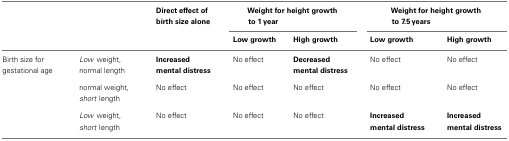
|  |  | Direct effect of birth size alone | <COLSPAN=2> Weight for height growth to 1 year | <COLSPAN=2> Weight for height growth to 7.5 years |
 |  |  |  | Low growth | High growth | Low growth | High growth |
 | --- | --- | --- | --- | --- | --- | --- |
 | Birth size for gestational age | Low weight, normal length | Increased mental distress | No effect | Decreased mental distress | No effect | No effect |
 |  | normal weight, short length | No effect | No effect | No effect | No effect | No effect |
 |  | Low weight, short length | No effect | No effect | No effect | Increased mental distress | Increased mental distress |